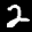
Label: 2